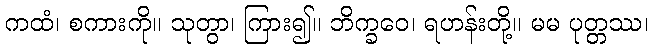
ကထံ၊ စကားကို။ သုတွာ၊ ကြား၍။ ဘိက္ခဝေ၊ ရဟန်းတို့။ မမ ပုတ္တဿ၊